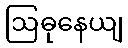
ဩဓုနေယျ